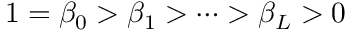
1 = \beta _ { 0 } > \beta _ { 1 } > \dots > \beta _ { L } > 0